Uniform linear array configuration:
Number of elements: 48
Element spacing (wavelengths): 0.25
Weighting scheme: hamming
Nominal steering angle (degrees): -15
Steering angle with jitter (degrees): -14.983
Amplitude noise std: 0.05
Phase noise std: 0.05

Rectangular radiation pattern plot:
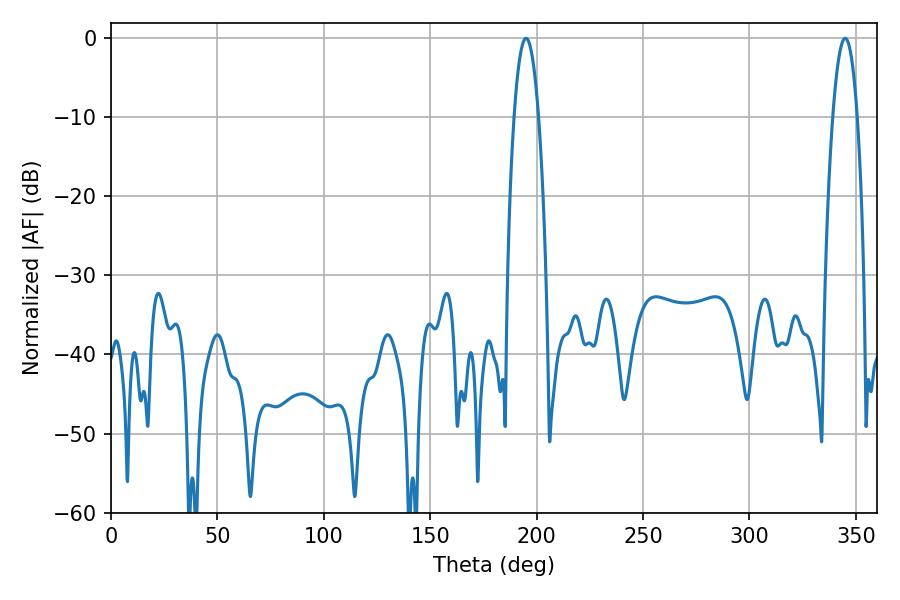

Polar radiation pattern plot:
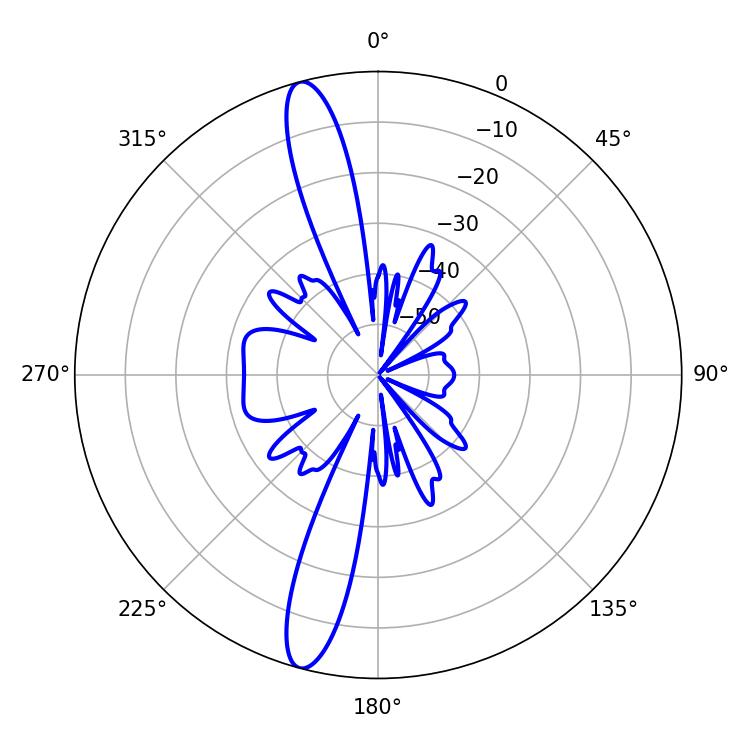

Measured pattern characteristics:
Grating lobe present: FALSE
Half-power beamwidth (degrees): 6.3
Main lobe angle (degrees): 194.94